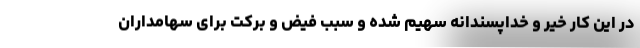
در این کار خیر و خداپسندانه سهیم شده و سبب فیض و برکت برای سهامداران